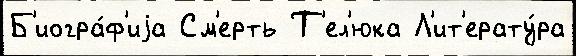
Б'иогра́ф'иjа См'ерть Т'ел'юка Л'ит'ерату́ра